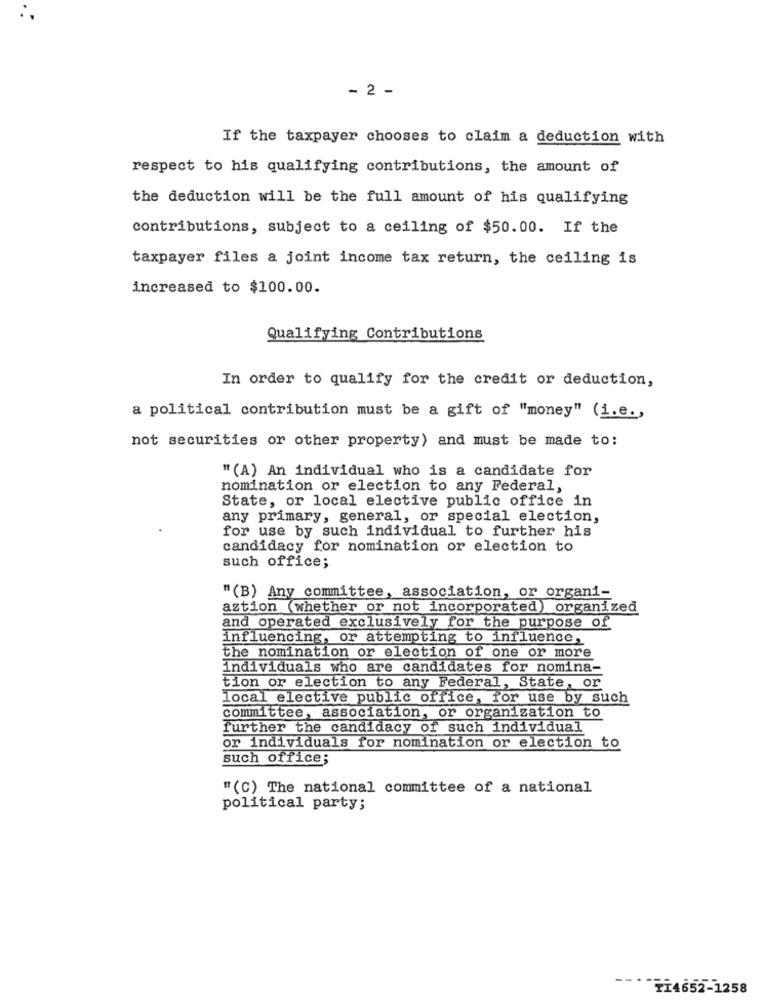
- 2 -
If the taxpayer chooses to claim a deduction with
respect to his qualifying contributions, the amount of
the deduction will be the full amount of his qualifying
contributions, subject to a ceiling of $50.00. If the
taxpayer files a joint income tax return, the ceiling is
increased to $100.00.
Qualifying Contributions
In order to qualify for the credit or deduction,
a political contribution must be a gift of "money" (i.e .,
not securities or other property) and must be made to:
" (A) An individual who is a candidate for
nomination or election to any Federal,
State, or local elective public office in
any primary, general, or special election,
for use by such individual to further his
candidacy for nomination or election to
such office;
"(B) Any committee, association, or organi-
aztion (whether or not incorporated) organized
and operated exclusively for the purpose of
influencing, or attempting to influence,
the nomination or election of one or more
individuals who are candidates for nomina-
tion or election to any Federal, State, or
local elective public office, for use by such
committee, association, or organization to
further the candidacy of such individual
or individuals for nomination or election to
such office;
"(C) The national committee of a national
political party;
----
TI4652-1258